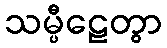
သမ္ပီဠေတွာ